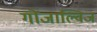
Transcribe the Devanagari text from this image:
गोंजाल्विज